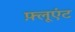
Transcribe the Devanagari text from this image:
फ़्लूएंट